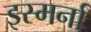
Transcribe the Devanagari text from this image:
इस्मर्ना